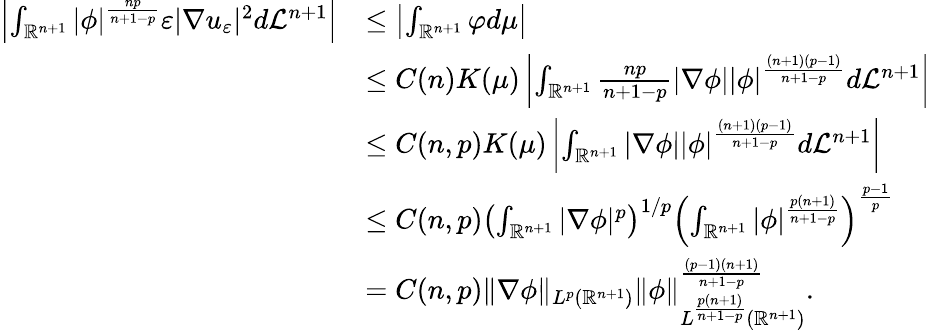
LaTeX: \begin{array}{rl}{\left|\int_{\mathbb R^{n+1}}|\phi|^{\frac{np}{n+1-p}}\varepsilon|\nabla u_{\varepsilon}|^{2}d\mathcal L^{n+1}\right|}&{\leq\left|\int_{\mathbb R^{n+1}}\varphi d\mu\right|}\\ &{\leq C(n)K(\mu)\left|\int_{\mathbb R^{n+1}}\frac{np}{n+1-p}|\nabla\phi||\phi|^{\frac{(n+1)(p-1)}{n+1-p}}d\mathcal L^{n+1}\right|}\\ &{\leq C(n,p)K(\mu)\left|\int_{\mathbb R^{n+1}}|\nabla\phi||\phi|^{\frac{(n+1)(p-1)}{n+1-p}}d\mathcal L^{n+1}\right|}\\ &{\leq C(n,p)\left(\int_{\mathbb R^{n+1}}|\nabla\phi|^{p}\right)^{1/p}\left(\int_{\mathbb R^{n+1}}|\phi|^{\frac{p(n+1)}{n+1-p}}\right)^{\frac{p-1}{p}}}\\ &{=C(n,p)\| \nabla\phi\| _{L^{p}(\mathbb R^{n+1})}\| \phi\| _{L^{\frac{p(n+1)}{n+1-p}}(\mathbb R^{n+1})}^{\frac{(p-1)(n+1)}{n+1-p}}.}\end{array}